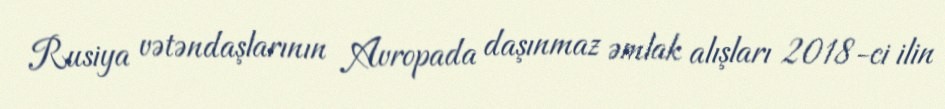
Rusiya vətəndaşlarının Avropada daşınmaz əmlak alışları 2018-ci ilin